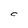
Character: C